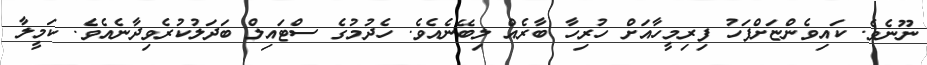
ނޫނެވެ. ކައިވެންޏަށްފަހު ފިރިމީހާއަށް ހުރިހާ ބާރެއް ލިބޭނެއެވެ. ހެދުމުގެ ސްޓައިލް ބަދަލުކުރެވިދާނެއެވެ. ކަމީލާ